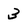
Character: 3